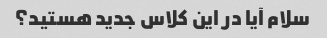
سلام آیا در این کلاس جدید هستید؟